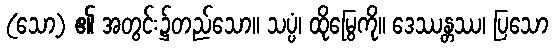
(သော့) ၏ အတွင်း၌တည်သော။ သပ္ပံ၊ ထိုမြွေကို။ ဒေဿန္တဿ၊ ပြသော